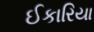
ઈકારિયા